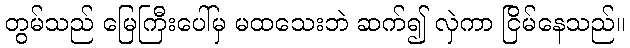
တွမ်သည် မြေကြီးပေါ်မှ မထသေးဘဲ ဆက်၍ လှဲကာ ငြိမ်နေသည်။